Vaccine operations Central Provinces 1900-1911 - 1900-1911
Year: 1900
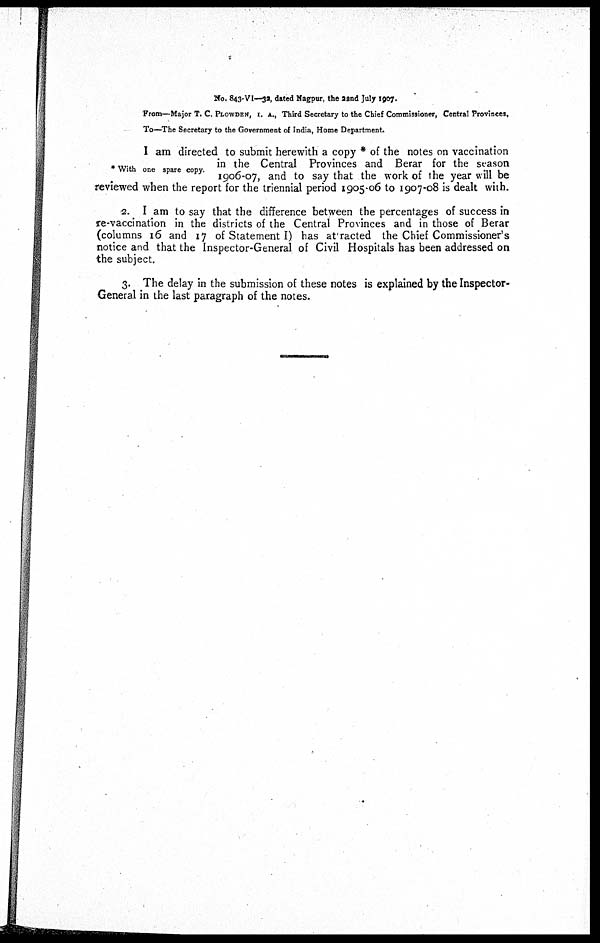
No. 843-VI—32, dated Nagpur, the 22nd July 1907.
From—Major T. C. PLOWDEN, I. A., Third Secretary to the Chief Commissioner, Central Provinces,
To—The Secretary to the Government of India, Home Department.
* With one spare copy.
I am directed to submit herewith a copy * of the notes on vaccination
in the Central Provinces and Berar for the season
1906-07, and to say that the work of the year will be
reviewed when the report for the triennial period 1905-06 to 1907-08 is dealt with.
2. I am to say that the difference between the percentages of success in
re-vaccination in the districts of the Central Provinces and in those of Berar
(columns 16 and 17 of Statement I) has attracted the Chief Commissioner's
notice and that the Inspector-General of Civil Hospitals has been addressed on
the subject.
3. The delay in the submission of these notes is explained by the Inspector-
General in the last paragraph of the notes.